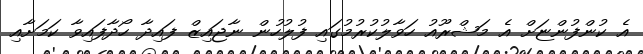
އެ ކުންފުންޏަށް އެ މަޝްރޫއު ހަވާލުކުރުމުގައި ފުލުހުން ނާޖައިޒް ފައިދާ ހޯދާފައިވާ ކަމަށާއި